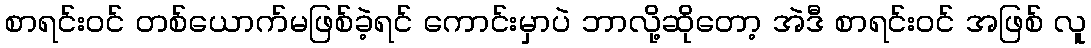
စာရင်းဝင် တစ်ယောက်မဖြစ်ခဲ့ရင် ကောင်းမှာပဲ ဘာလို့ဆိုတော့ အဲဒီ စာရင်းဝင် အဖြစ် လူ